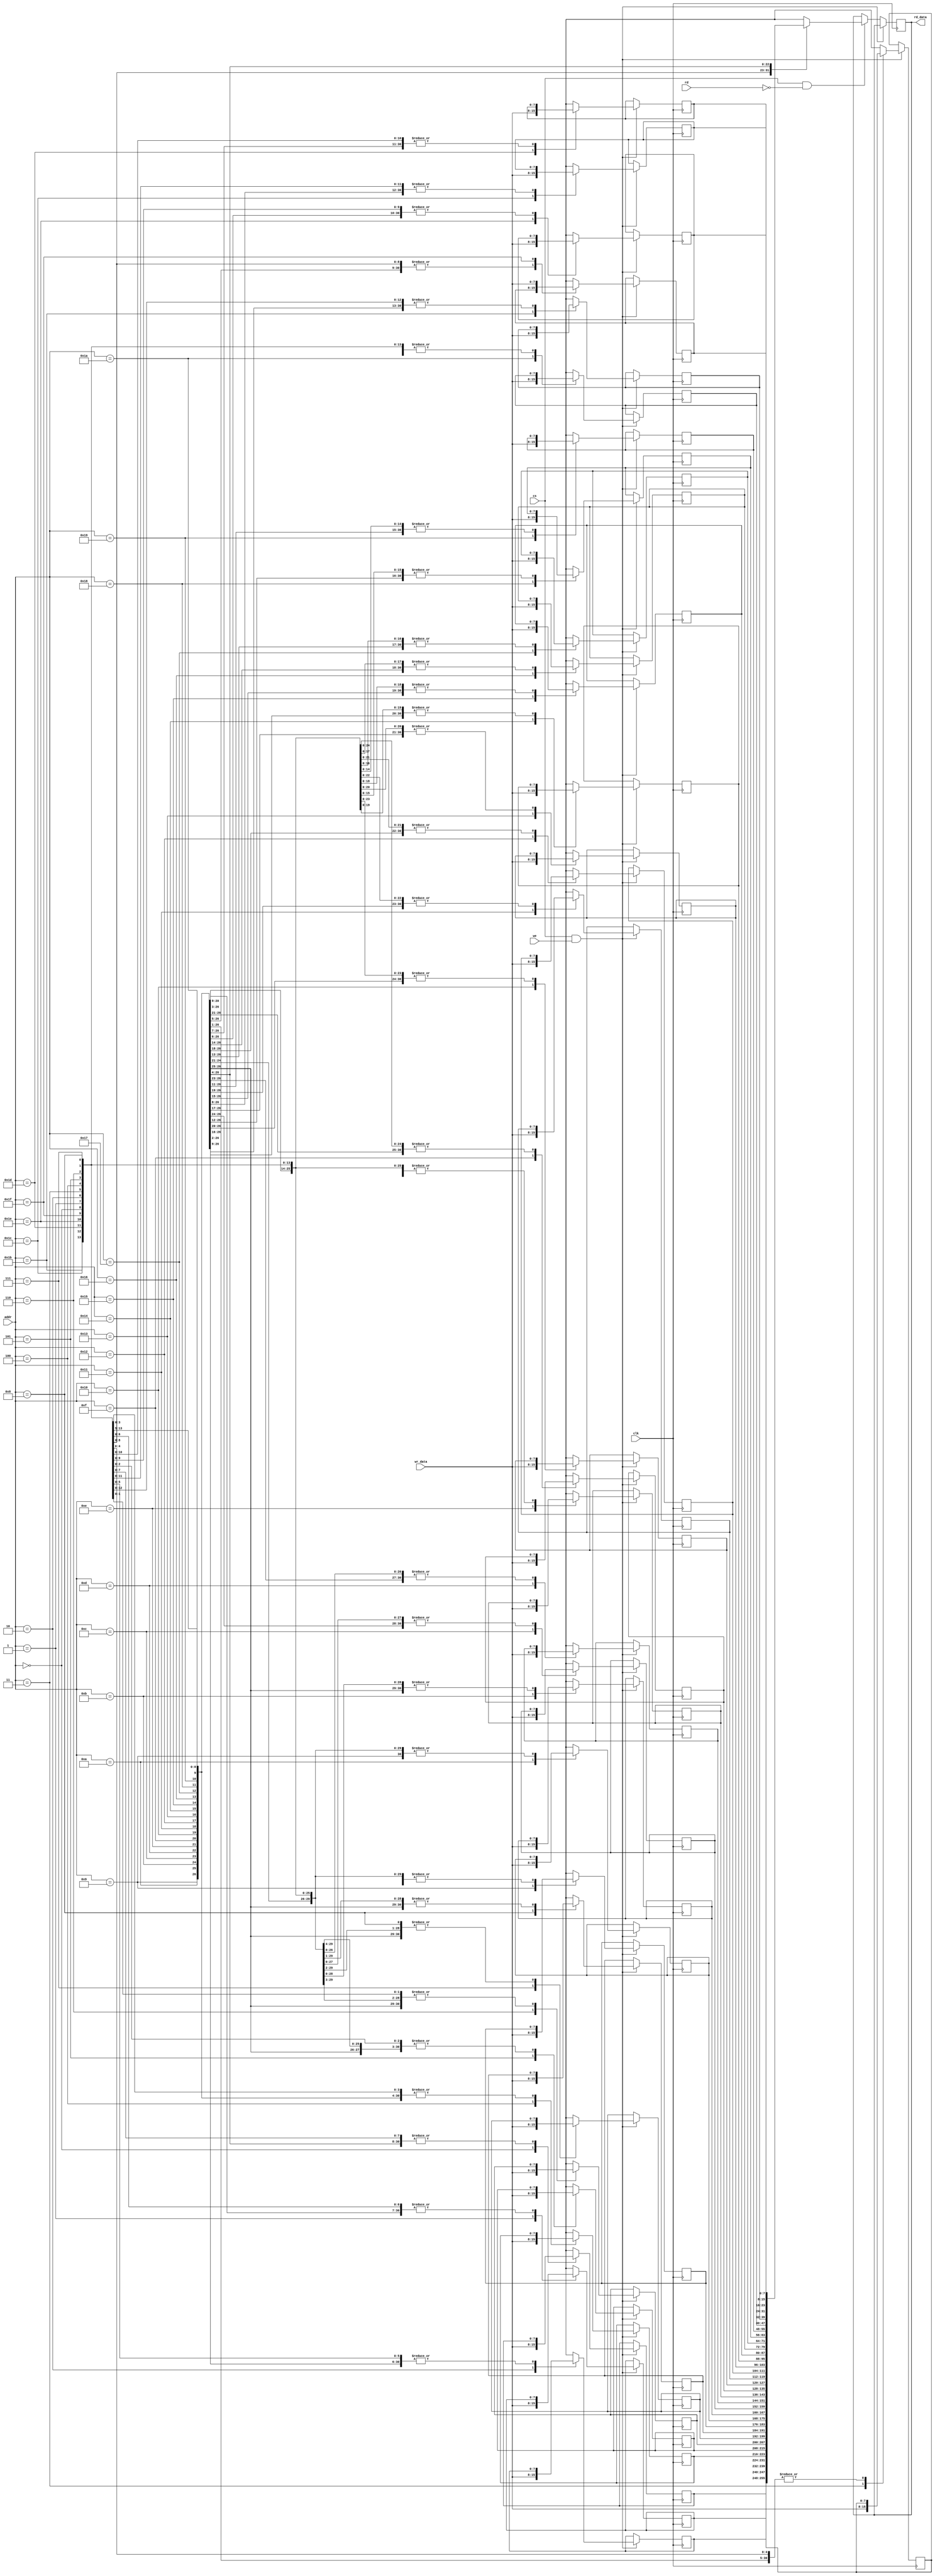
module sram(clk, cs, we, rd, addr, wr_data, rd_data);
	input	clk, cs, we, rd;
	input	[ADDRESS_BITS-1:0] addr;
	input	[DATA_WIDTH-1:0] wr_data;
	output	[DATA_WIDTH-1:0] rd_data;

	parameter	ADDRESS_BITS = 5, DATA_WIDTH = 8, NUM_REG = 32;

	reg	[DATA_WIDTH-1:0] mem[NUM_REG-1:0];
	reg	[DATA_WIDTH-1:0] data;

	always @ (posedge clk)
		begin
			if (cs&we)
				mem[addr] = wr_data;
			else if (cs&(!rd))
				data = mem[addr];
			else
				data = data;
		end
	
	assign rd_data = data;
endmodule